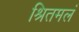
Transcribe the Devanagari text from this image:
श्रितमलं